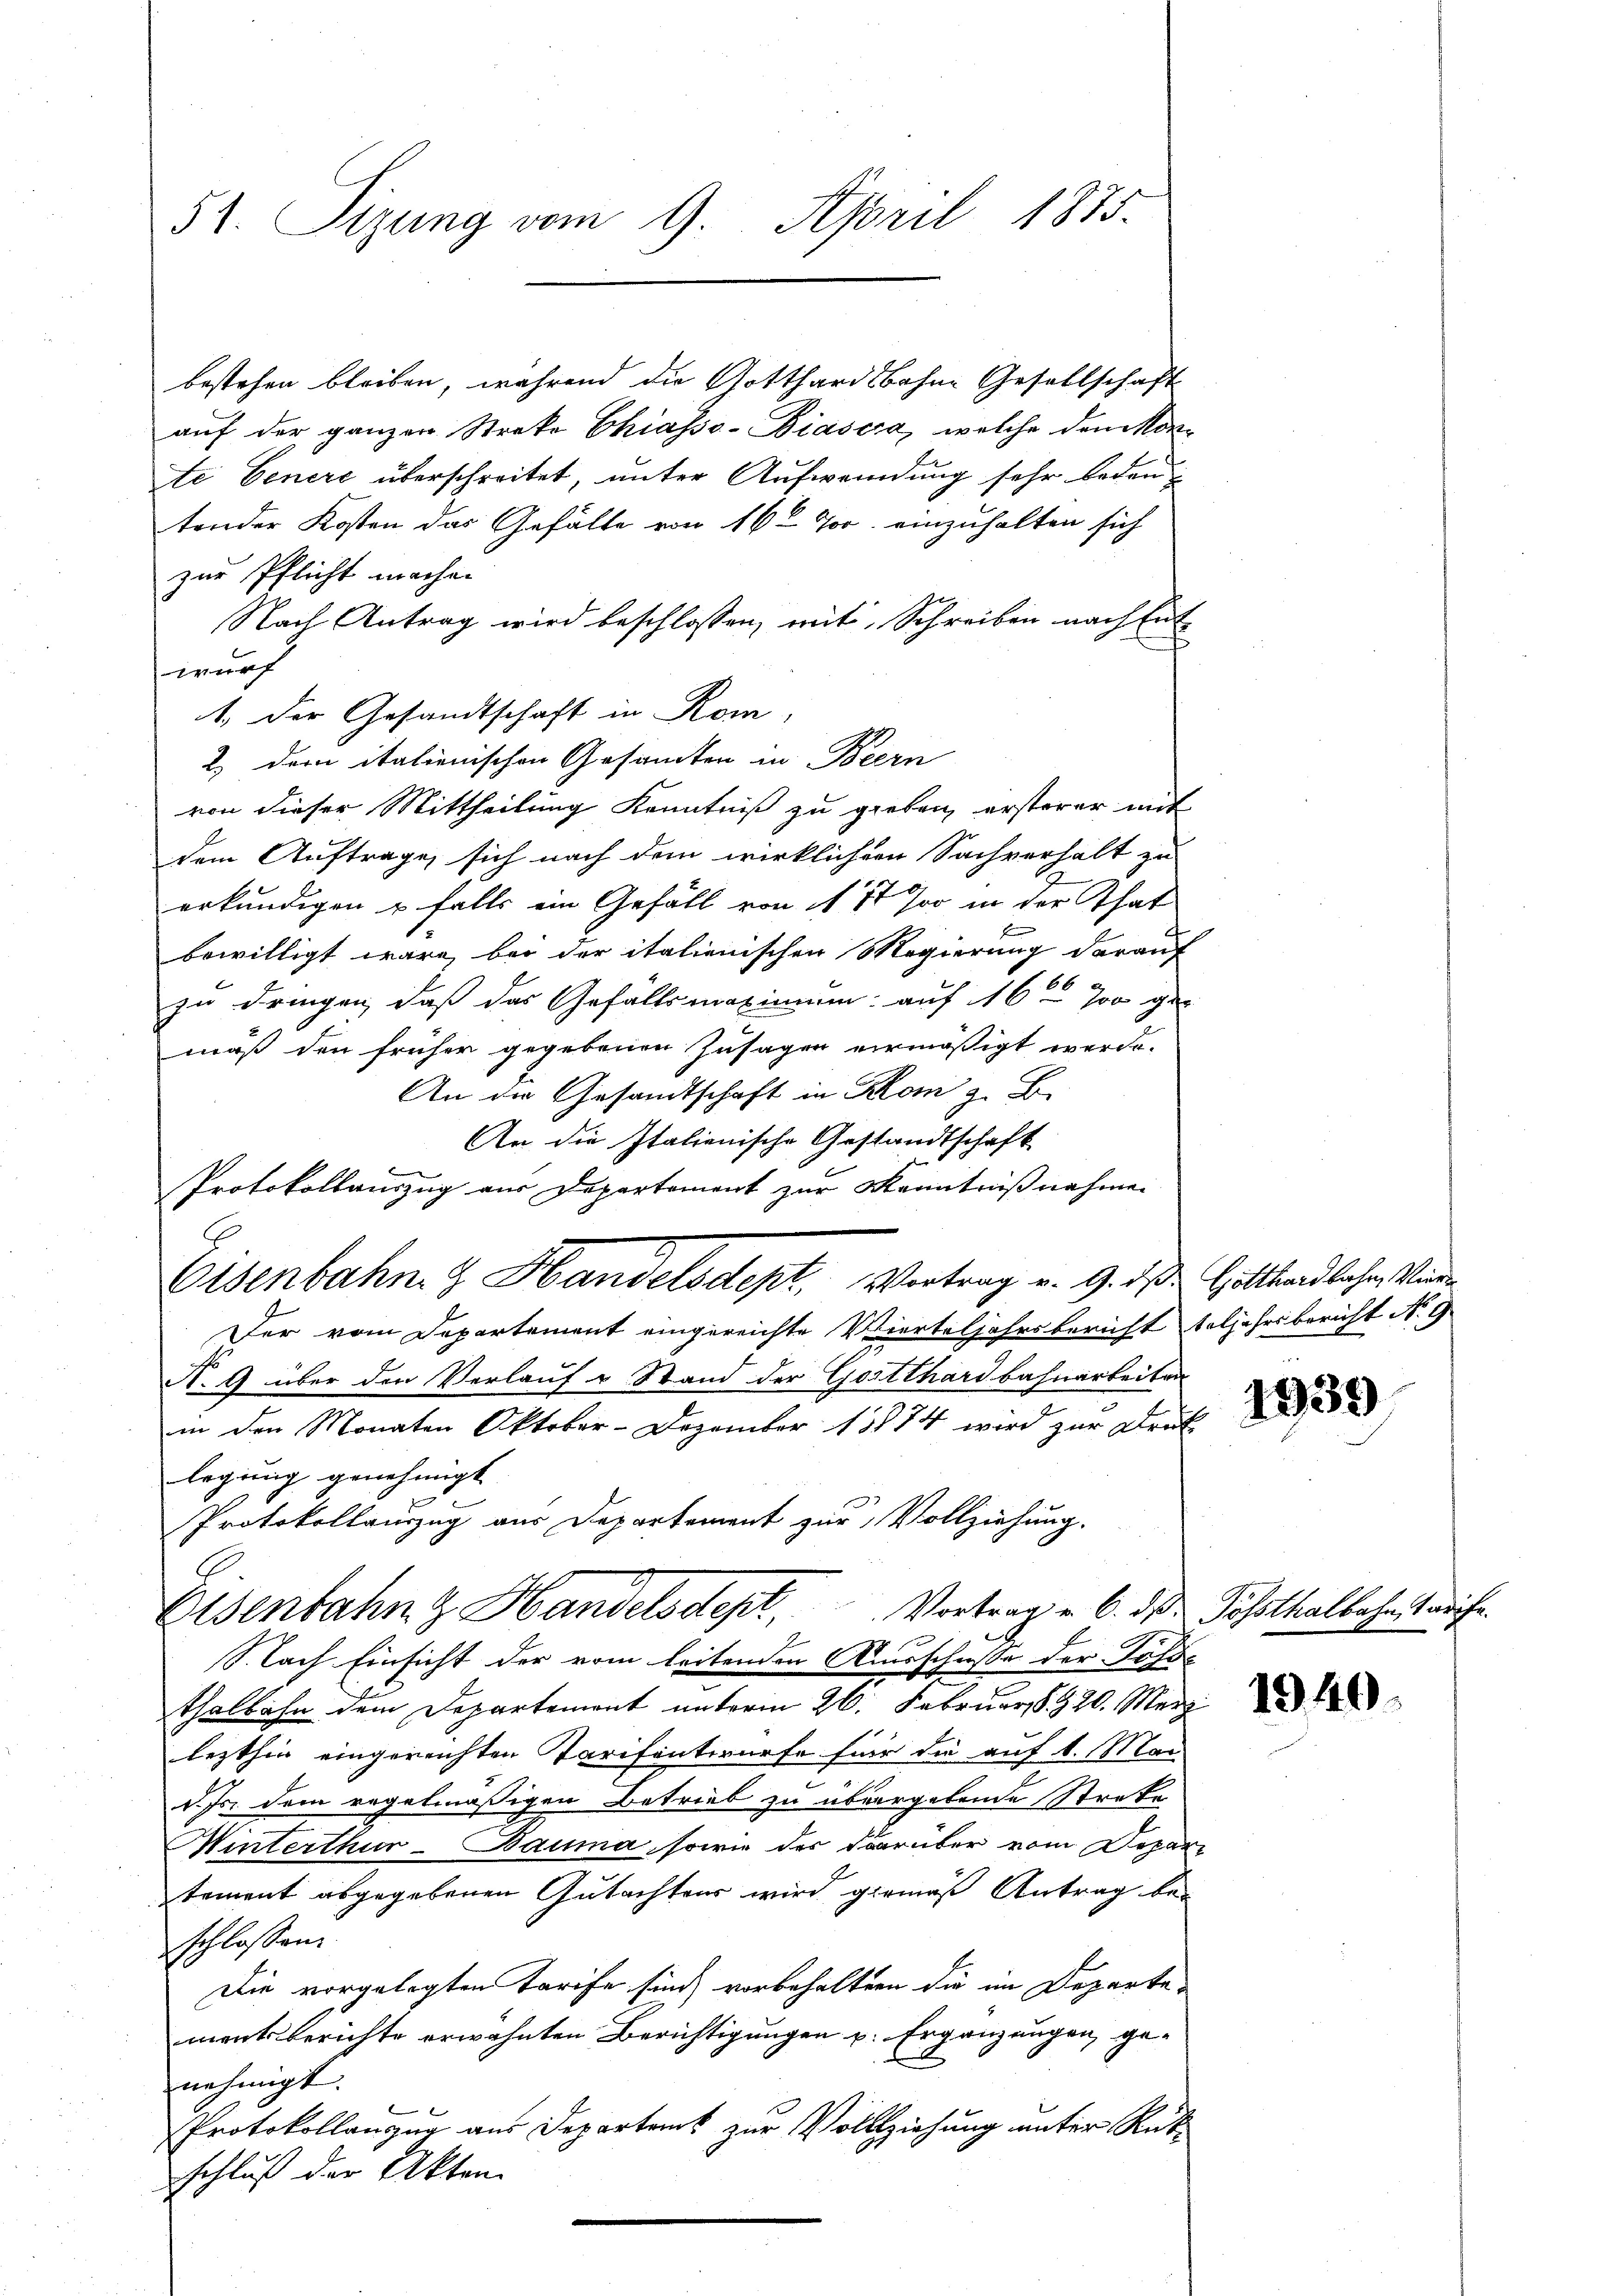
51. Sizung vom 9. April 1875.

bestehen bleiben, während die Gotthardsbohne Gesellschaft
auf der ganzen Streke Chiasso- Biasca, welche den Konte Genere überschreitet, unter Aufwendung sehr beden?
tender Kosten das Gefälle von 16t J. einzuhalten sich
zur Pflicht machen
Nach Antrag wird beschlossen, mit Schreiben nach Ent
inurch
1.) Der Gesandtschaft in Rom,
2) der italienischen Gesamten in Bern
von dieser Mittheilung Kenntniß zu gieben ersterer mit
dem Auftrage, sich nach dem wirklichern Sachverhalt zu
erkundigen u falls ein Gefäll von § 11 Joo in der That
bewilligt wäre, bei der italienischen Regierung darauf
zu dringen, daß das Gefällsmaximum auf 16 700 ge-
mäß den früher gegebenen Zusagen vermäßigt werde.
An der Gesandtschaft in Rom z. B.
An die Italienische Gestandtschaft
Protokollauszug aus Departement zur Kenntnißnahmen
Der vom Departement eingereichte Vierteljahrsbericht teljahrsbericht No 9
N. 9 über den Verlauf u Stand der Gotthardbahnarbeiten
in den Monaten Oktober-Dezember 1874 wird zur Druk
legung genehmigt. |
Protokollauszug aus Departement zur Vollziehung.
Eisenbahn & Handelsdept. Vortrag u. 6. ds Posthalbeheit riefe.
S. lach Einsicht der vom leitenden Ausschusse der Posse
thalbahn dem Departement unterm 26. Februar § 920. März
lezthin eingereichten Tarifentwurfe für die auf 1. Mai
d. Js. dem regelmäßigen Betrieb zu übergebende Streke
Winterthur–Bauma, sowie des darüber vom Departement abgegebenen Gutachtens wird gemäß Antrag bei
schlossen:
Die vorgelegten Tarife sind vorbehaltern die im Departemenk berichte erwähnten Berichtigungen u. Ergänzungen, genehmigt.
Protokollanzug aus Departens zur Vollziehung unter Rüt
schluß der Akten

Eisenbahn & Handelsdept. Vortrag v. 9. ds Holland lachen Wiede

1939

1940.